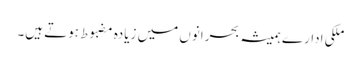
ملکی ادارے ہمیشہ بحرانوں میں زیادہ مضبوط ہوتے ہیں۔